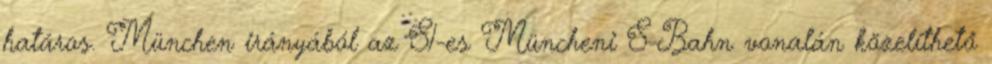
határos. München irányából az S1-es Müncheni S-Bahn vonalán közelíthető